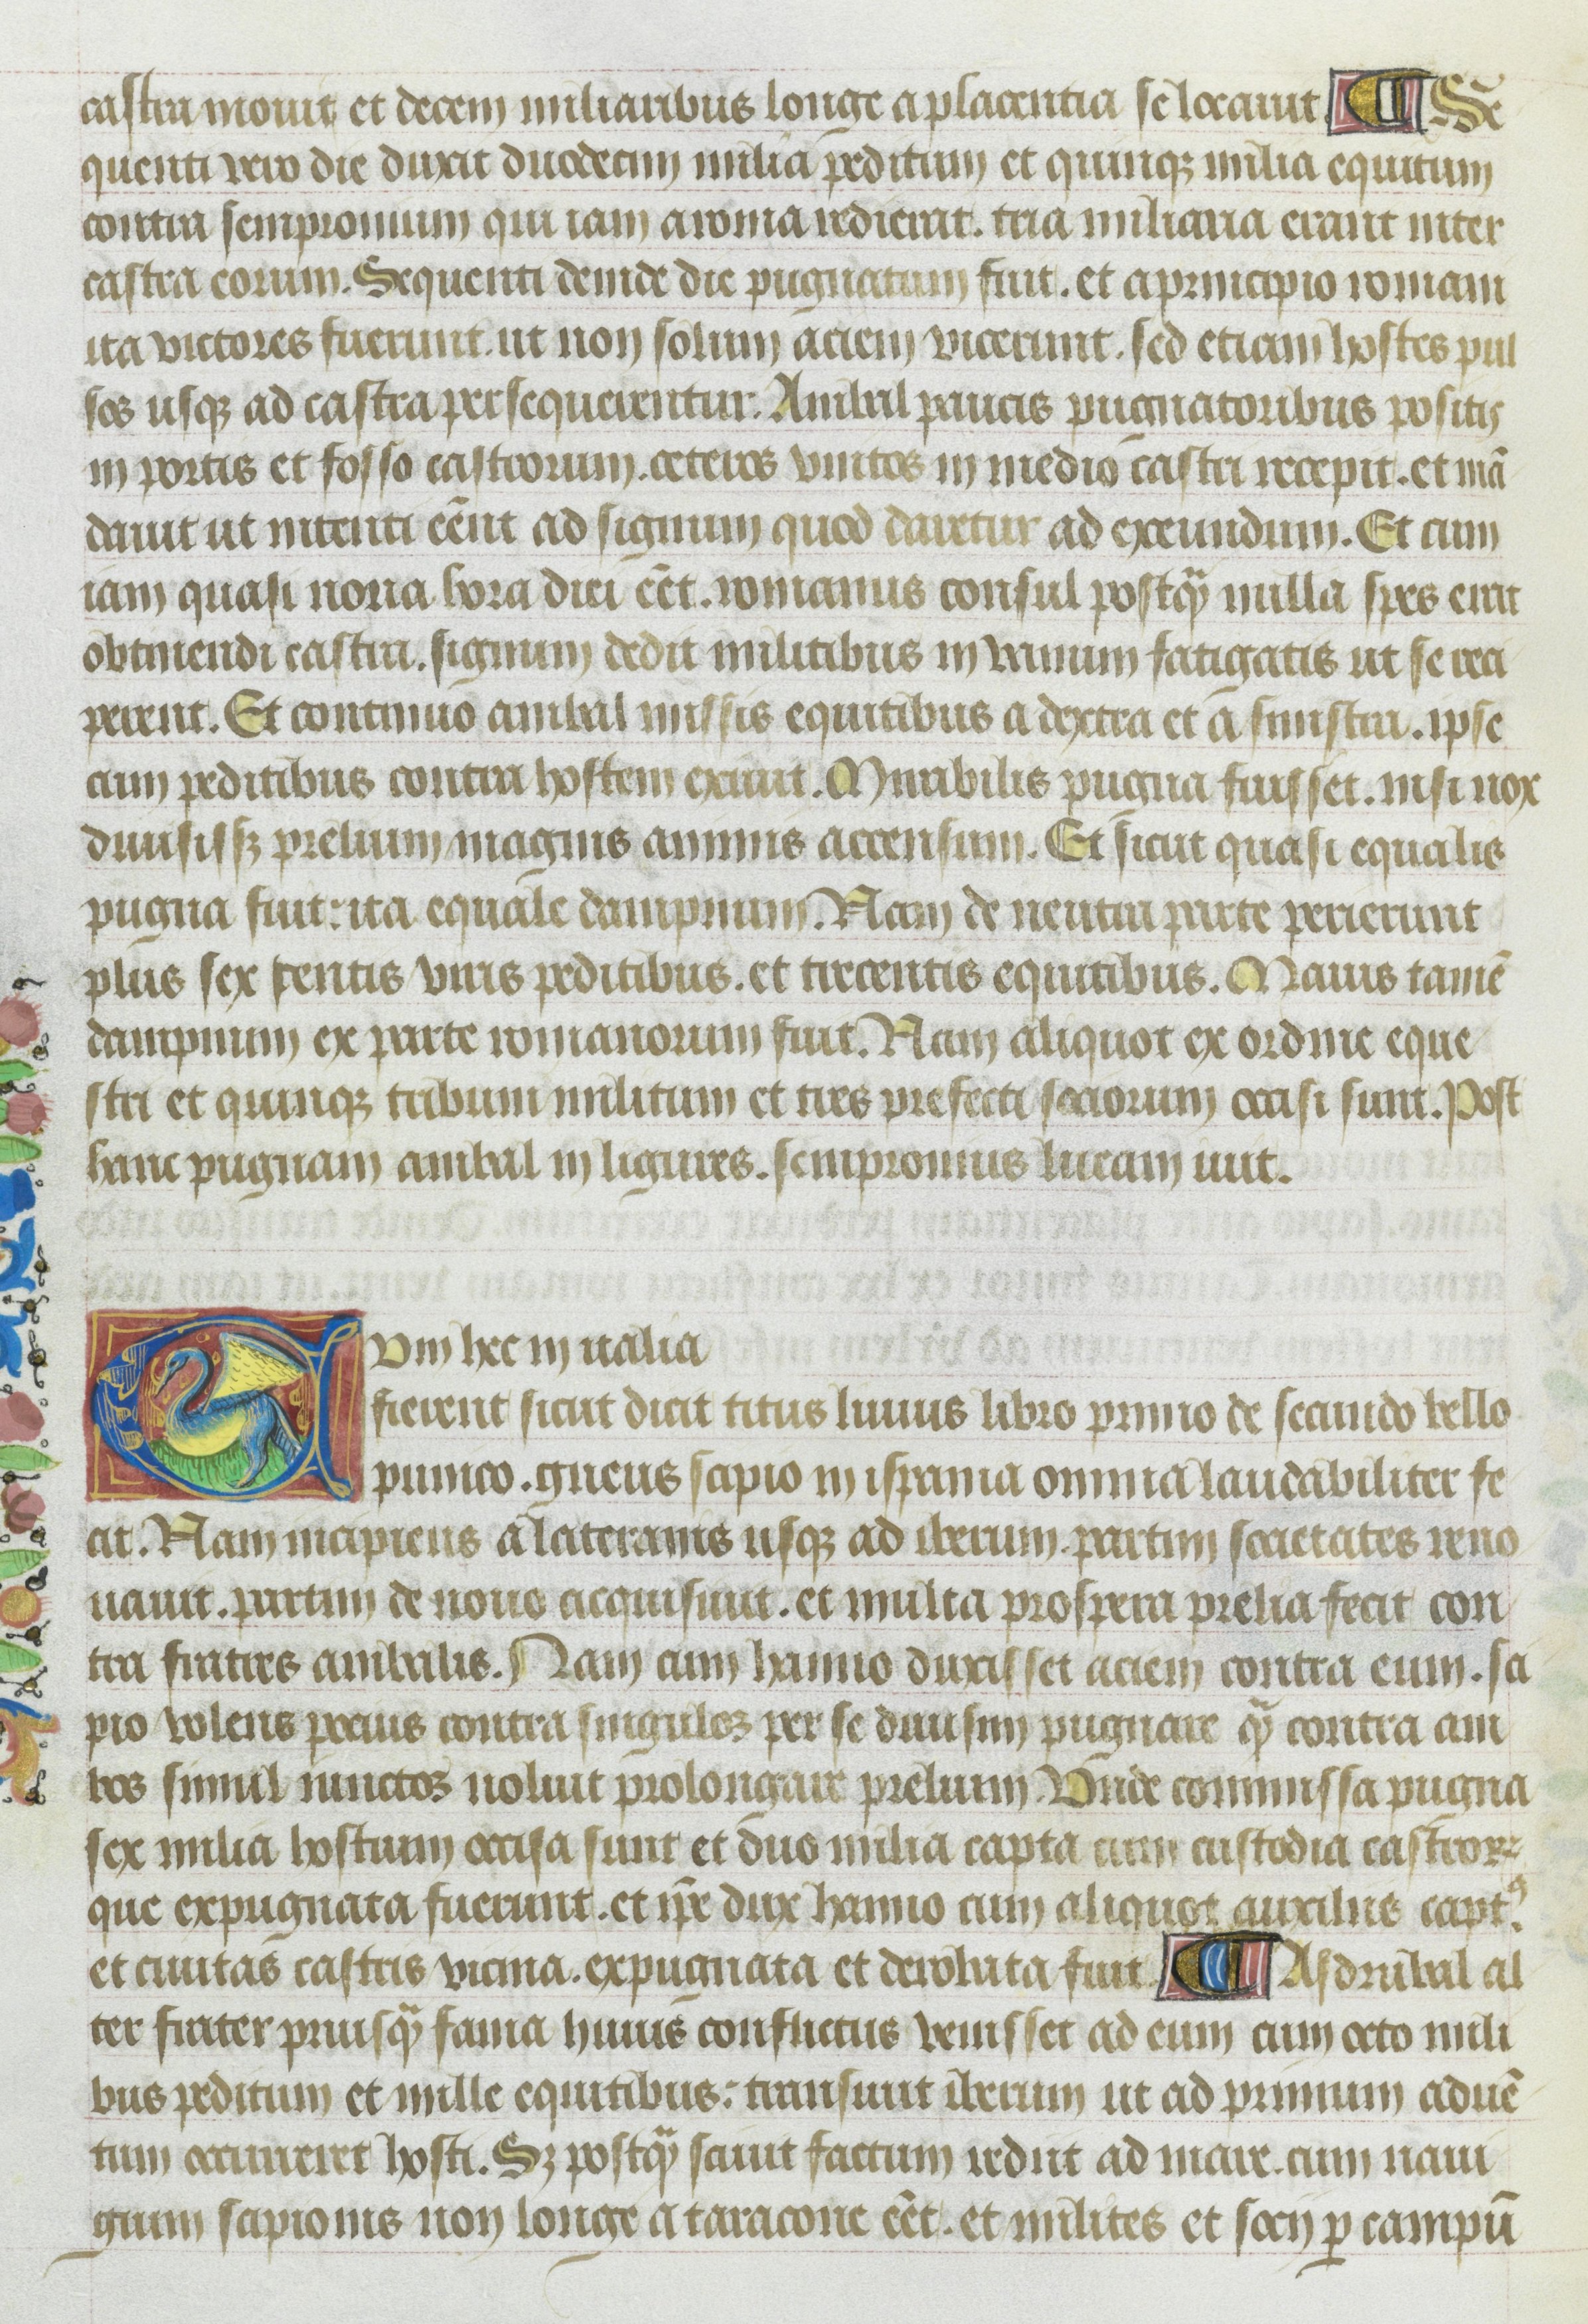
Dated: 1400–1499